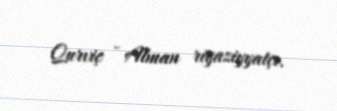
Qurviç - Alman riyaziyyatçı.